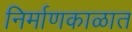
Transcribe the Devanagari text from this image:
निर्माणकाळात